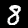
Digit: 8